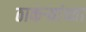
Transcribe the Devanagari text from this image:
ठाकर्‍यांच्या